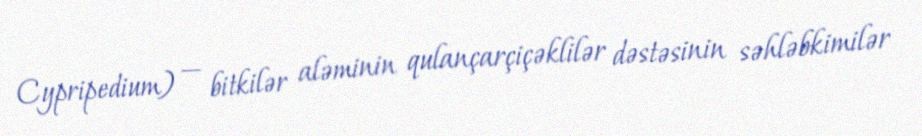
Cypripedium) — bitkilər aləminin qulançarçiçəklilər dəstəsinin səhləbkimilər